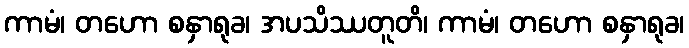
ကာမံ၊ တဟော စနှာရုခ၊ အပသိဿတူတိ၊ ကာမံ၊ တဟော စနှာရုခ၊